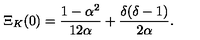
\Xi _ { K } ( 0 ) = { \frac { 1 - \alpha ^ { 2 } } { 1 2 \alpha } } + { \frac { \delta ( \delta - 1 ) } { 2 \alpha } } .